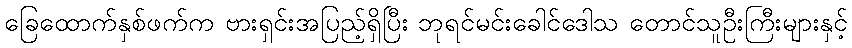
ခြေထောက်နှစ်ဖက်က ဗားရှင်းအပြည့်ရှိပြီး ဘုရင်မင်းခေါင်ဒေါသ တောင်သူဦးကြီးများနှင့်